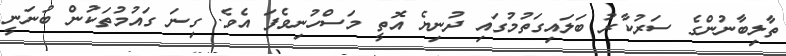
ތާލިބާނުންގެ ސަރުކާރު ބަލައިގަތުމުގައި ދުނިޔެ އޮތީ މަސްހުނިވެފަ އެވެ. ގިނަ ގައުމުތަކުން ބުނަނީ